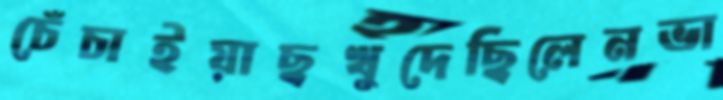
চেঁচাইয়াছখুদেছিলেনভা